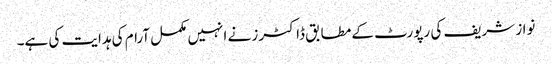
نواز شریف کی رپورٹ کے مطابق ڈاکٹرز نے انہیں مکمل آرام کی ہدایت کی ہے۔